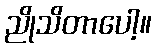
ညိုသိတာပေါ့။